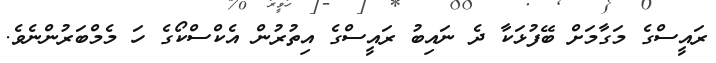
ރައީސްގެ މަގާމަށް ބޭފުޅަކާ ދެ ނައިބު ރައީސްގެ އިތުރުން އެކްސްކޯގެ ހަ މެމްބަރުންނެވެ.